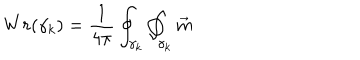
LaTeX: W r ( \gamma _ { k } ) = \frac 1 { 4 \pi } \oint _ { \gamma _ { k } } \oint _ { \gamma _ { k } } \vec { m }